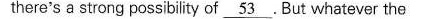
there's a srong possibility af \underline{53}.But whatever the